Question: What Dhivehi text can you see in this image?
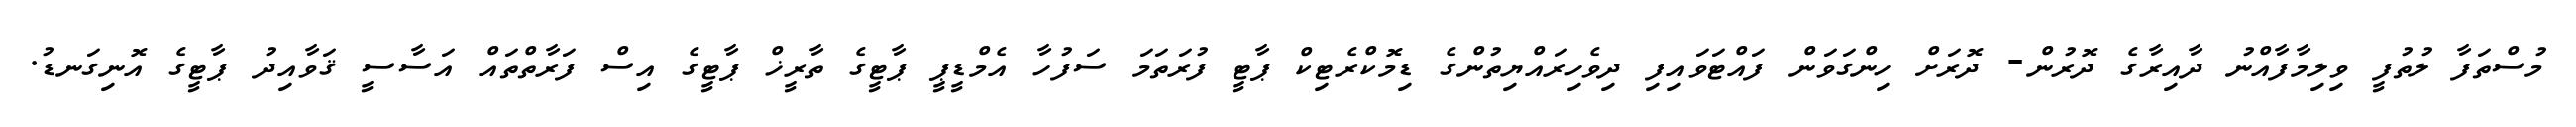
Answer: މުސްތަފާ ލުތުފީ ވިލިމާފާއްނު ދާއިރާގެ ދޮރުން- ދޮރަށް ހިންގަވަން ފައްޓަވައިފި ދިވެހިރައްޔިތުންގެ ޑިމޮކްރެޓިކް ޕާޓީ ފުރަތަމަ ސަފުހާ އެމްޑީޕީ ޕާޓީގެ ތާރީޚް ޕާޓީގެ އިސް ފަރާތްތައް އަސާސީ ޤަވާއިދު ޕާޓީގެ އޮނިގަނޑު.